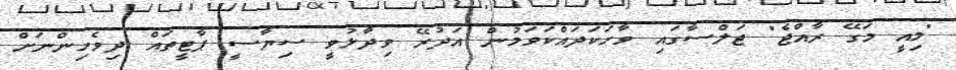
"މިއީ މަގޭ ރާއްޖެ" ޖަލްސާގައި ވާހަކަދައްކަވަމުން އަދުރޭ ވިދާޅުވީ ސިޔާސީ ޕާޓީތައް ދިވެހިންނަށް